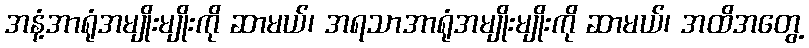
အနံ့အာရုံအမျိုးမျိုးကို ဆာမယ်၊ အရသာအာရုံအမျိုးမျိုးကို ဆာမယ်၊ အထိအတွေ့